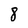
Character: 8